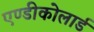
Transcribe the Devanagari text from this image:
एण्डीकोलार्ड